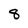
Character: 8